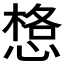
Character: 𱞼